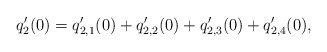
\begin{align*}q_2'(0)=q_{2,1}'(0)+q_{2,2}'(0)+q_{2,3}'(0)+q_{2,4}'(0),\end{align*}